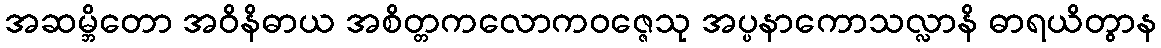
အဆမ္ဘိတော အဝိနိဓာယ အစိတ္တကလောကဝဇ္ဇေသု အပ္ပနာကောသလ္လာနိ ဓာရယိတွာန